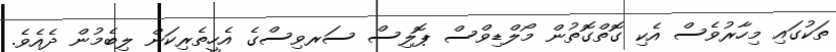
ތަކުގައި މިހާރުވެސް އެކި ގޮތްގޮތުން މޯލްޑިވްސް ޕޮލިސް ސަރވިސްގެ އެހީތެރިކަން ލިބެމުން ދެއެވެ.